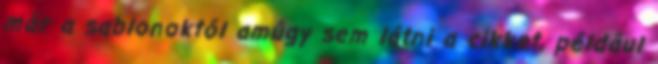
már a sablonoktól amúgy sem látni a cikket, például